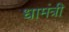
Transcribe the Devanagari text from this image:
धामंत्री